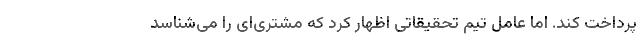
پرداخت کند. اما عامل تیم تحقیقاتی اظهار کرد که مشتری‌ای را می‌شناسد